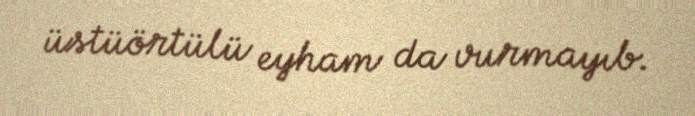
üstüörtülü eyham da vurmayıb.